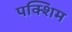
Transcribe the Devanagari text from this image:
पक्शिम